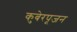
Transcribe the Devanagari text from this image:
कुबेरपूजन